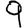
Digit: 9